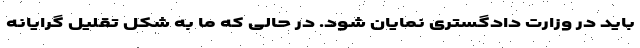
باید در وزارت دادگستری نمایان شود. در حالی که ما به شکل تقلیل گرایانه